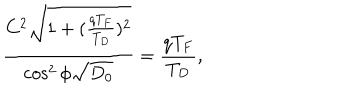
LaTeX: \frac { C ^ { 2 } \sqrt { 1 + ( \frac { q T _ { F } } { T _ { D } } ) ^ { 2 } } } { \cos ^ { 2 } \phi \sqrt { D _ { 0 } } } = \frac { q T _ { F } } { T _ { D } } ,